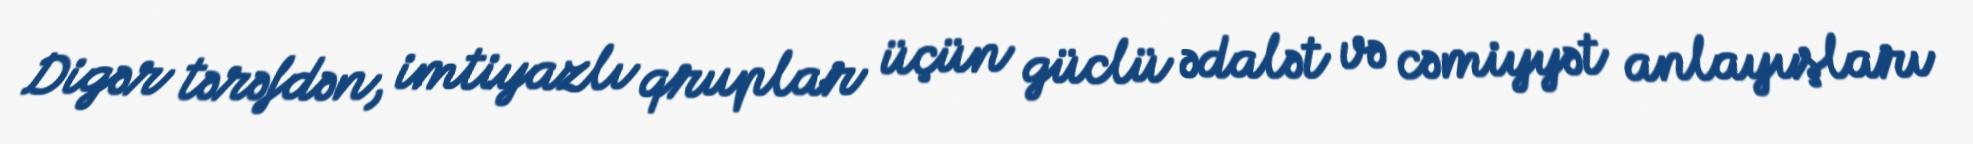
Digər tərəfdən, imtiyazlı qruplar üçün güclü ədalət və cəmiyyət anlayışları